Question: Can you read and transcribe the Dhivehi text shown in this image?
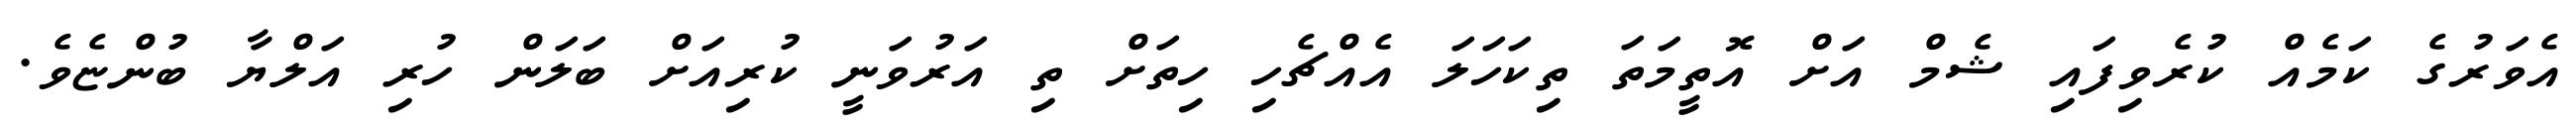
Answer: އެވަރުގެ ކަމެއް ކުރެވިފައި ޝެމް އަށް އޮތީމަތަ ތިކަހަލަ އެއްޗެހި ހިތަށް ތި އަރުވަނީ ކުރިއަށް ބަލަން ހުރި އަލްޔާ ބުންޏެވެ.